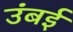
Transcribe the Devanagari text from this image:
उंबई